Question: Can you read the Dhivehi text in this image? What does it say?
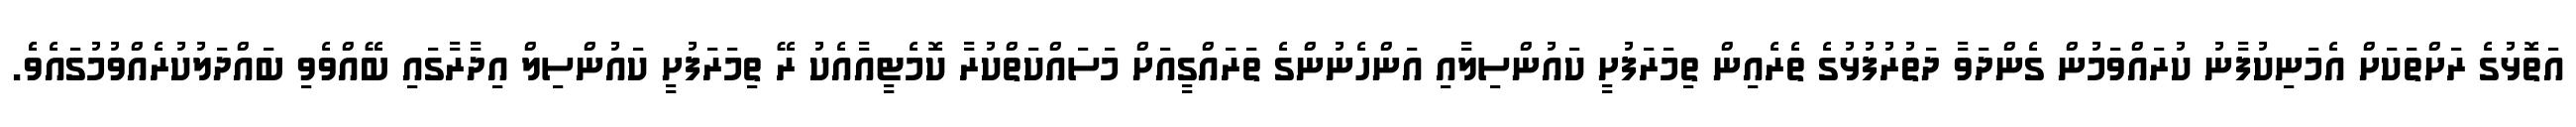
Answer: އަތޮޅުގެ ރަށްތަކަށް އެމަނިކުފާނު ކުރައްވަމުން ގެންދަވާ ދަތުރުފުޅުގެ ތެރެއިން ތިމަރަފުށީ ކައުންސިލާއި އަންހެނުންގެ ތަރައްގީއަށް މަސައްކަތްކުރާ ކޮމެޓީއާއެކު ރޭ ތިމަރަފުށީ ކައުންސިލް އިދާރާގައި ބޭއްވެވި ބައްދަލުކުރެއްވުމުގައެވެެ.